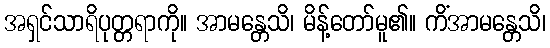
အရှင်သာရိပုတ္တရာကို။ အာမန္တေသိ၊ မိန့်တော်မူ၏။ ကိံအာမန္တေသိ၊